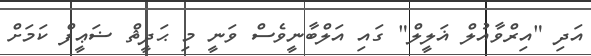
އަދި "އިރްވާއުލް ޣަލީލް" ގައި އަލްބާނީވެސް ވަނީ މި ޙަދީޘް ޟަޢީފް ކަމަށް